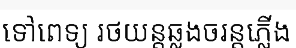
ទៅពេទ្យ រថយន្តឆ្លងចរន្តភ្លើង